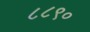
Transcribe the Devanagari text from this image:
८८९०